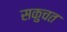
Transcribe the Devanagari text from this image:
सकुचत